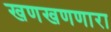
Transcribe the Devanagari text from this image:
खणखणणारा